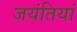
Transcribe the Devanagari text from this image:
जयंतियां